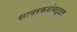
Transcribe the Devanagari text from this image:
सावरकरांबद्दल